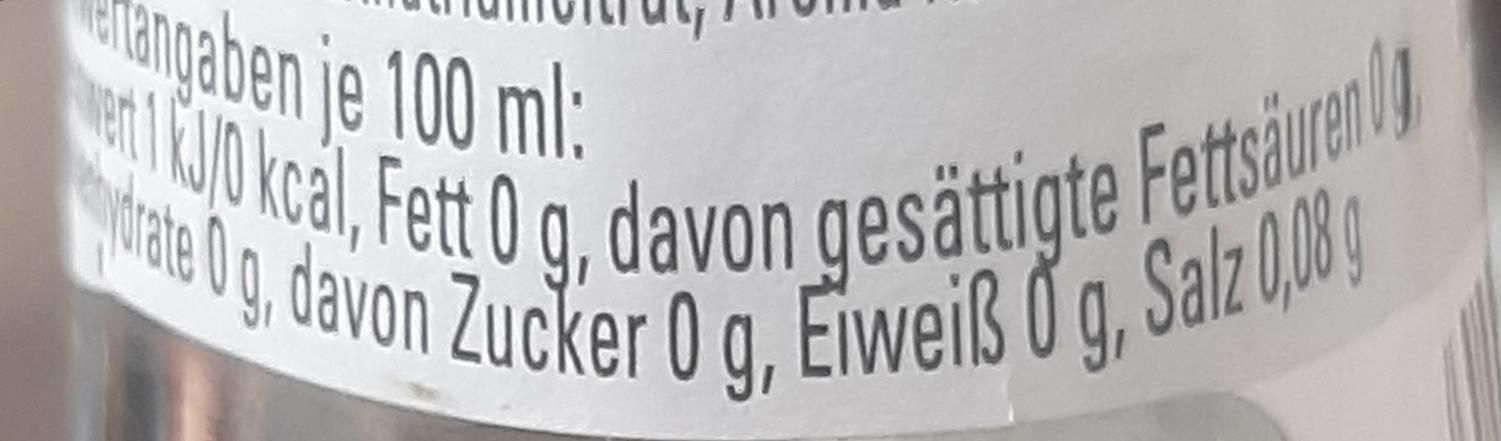
angaben je 100 ml:
10 kcal, Fett 0 g, davon gesättigte Fettsäuren ydrate Og, davon Zucker 0 g, Eiweiß 0q, Salz 0,08g